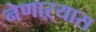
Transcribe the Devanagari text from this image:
नेणाऱ्यास